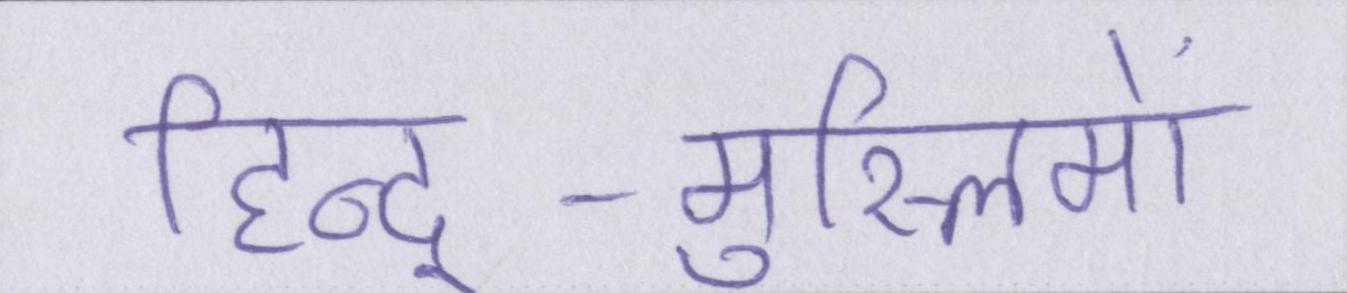
हिन्दू-मुस्लिमों